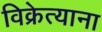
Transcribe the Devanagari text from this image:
विक्रेत्याना